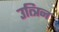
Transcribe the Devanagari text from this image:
उत्त्रिन